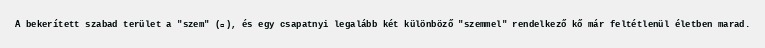
A bekerített szabad terület a "szem" (眼), és egy csapatnyi legalább két különböző "szemmel" rendelkező kő már feltétlenül életben marad.